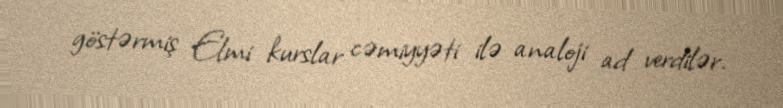
göstərmiş Elmi kurslar cəmiyyəti ilə analoji ad verdilər.